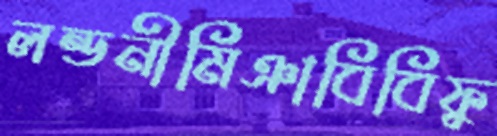
লন্ডনীমিঞাবিবিফু